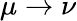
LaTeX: \mu\rightarrow\nu